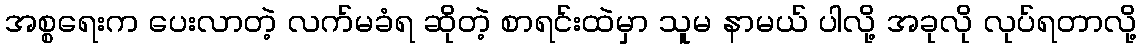
အစ္စရေးက ပေးလာတဲ့ လက်မခံရ ဆိုတဲ့ စာရင်းထဲမှာ သူမ နာမယ် ပါလို့ အခုလို လုပ်ရတာလို့